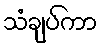
သံချပ်ကာ